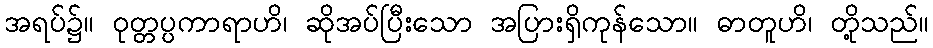
အရပ်၌။ ဝုတ္တပ္ပကာရာဟိ၊ ဆိုအပ်ပြီးသော အပြားရှိကုန်သော။ ဓာတူဟိ၊ တို့သည်။